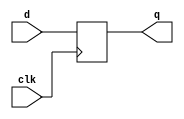
module flip_flop #(parameter n = 32) (
input wire clk,
input wire [n-1:0] d,
output reg [n-1:0] q
);

always@(posedge clk)
begin
  q <= d ; 
end

endmodule